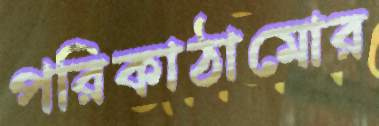
পরিকাঠামোর